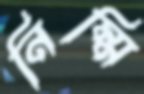
নিম্মি